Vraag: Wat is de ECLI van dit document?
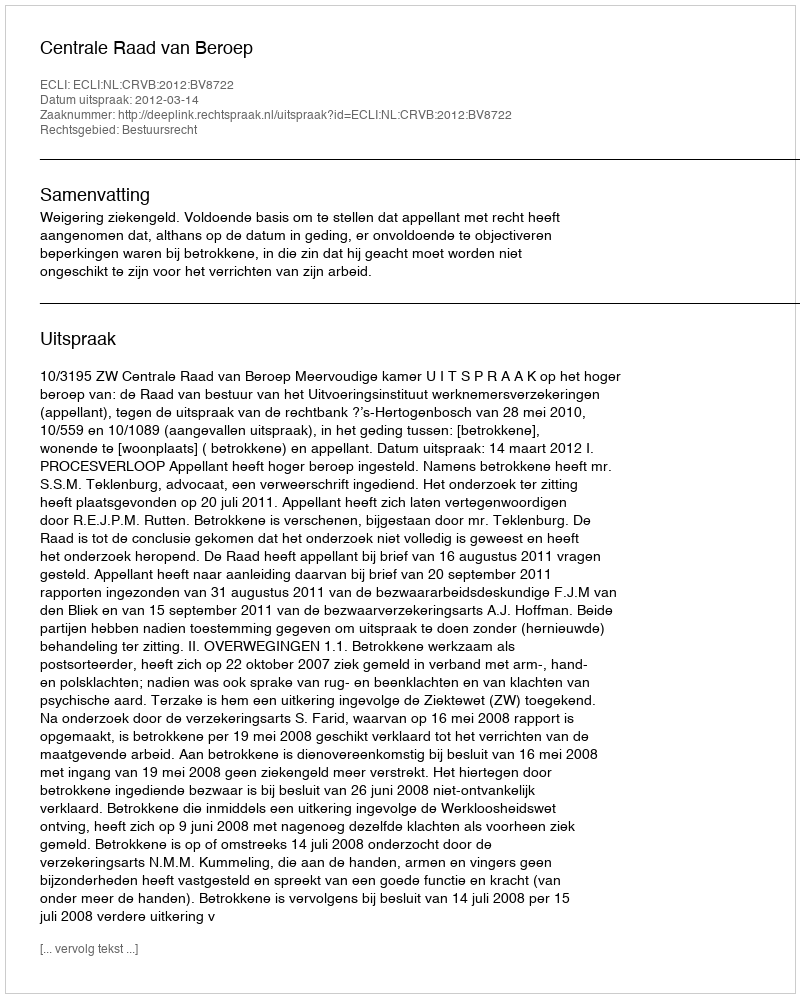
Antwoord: ECLI:NL:CRVB:2012:BV8722